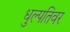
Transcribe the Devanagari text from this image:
धुल्पतिवर